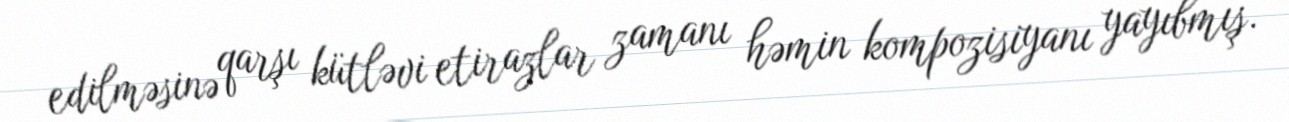
edilməsinə qarşı kütləvi etirazlar zamanı həmin kompozisiyanı yayıbmış.